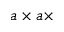
a \times a \times